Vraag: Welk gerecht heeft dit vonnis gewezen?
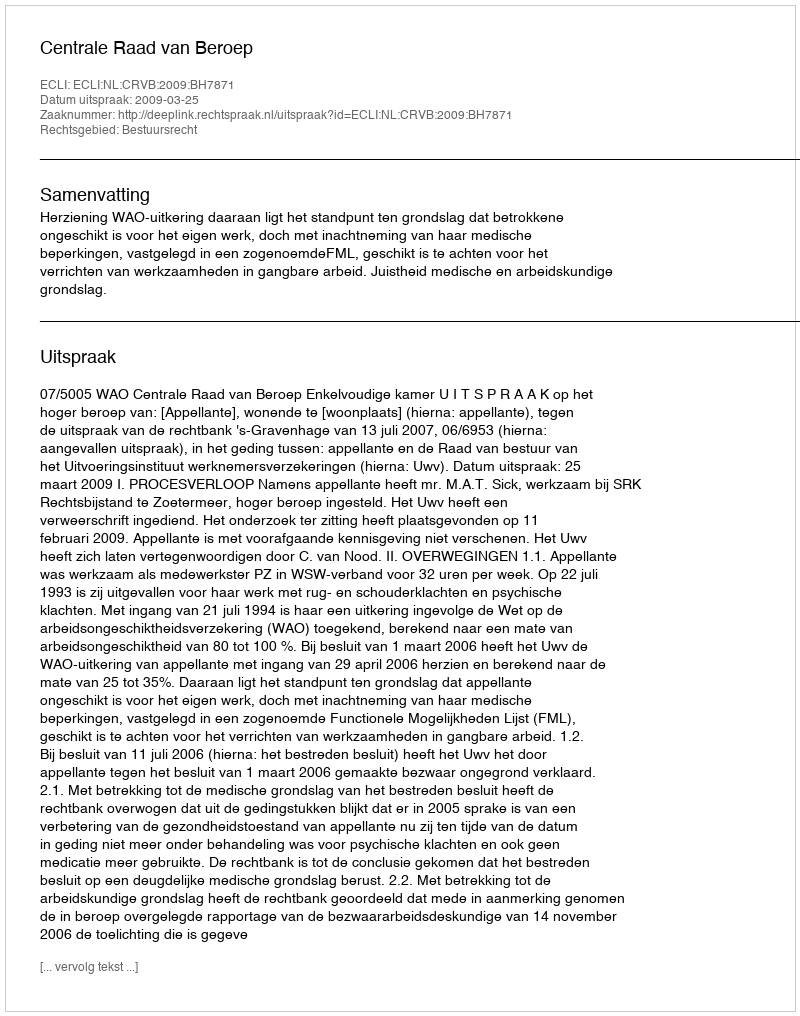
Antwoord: Centrale Raad van Beroep